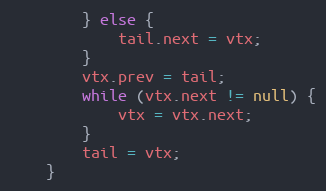
Language: Java
        } else {
            tail.next = vtx;
        }
        vtx.prev = tail;
        while (vtx.next != null) {
            vtx = vtx.next;
        }
        tail = vtx;
    }